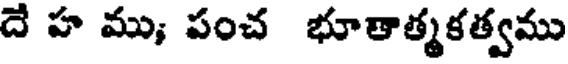
దే హ ము; పంచ భూతాత్మకత్వము